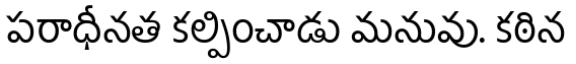
పరాధీనత కల్పించాడు మనువు. కఠిన